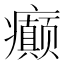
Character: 癫